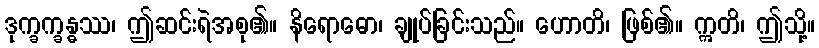
ဒုက္ခက္ခန္ဓဿ၊ ဤဆင်းရဲအစု၏။ နိရောဓော၊ ချုပ်ခြင်းသည်။ ဟောတိ၊ ဖြစ်၏။ ဣတိ၊ ဤသို့။